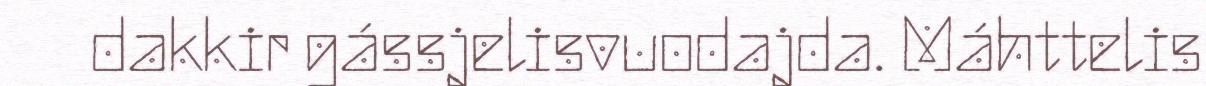
dakkir gássjelisvuodajda. Máhttelis